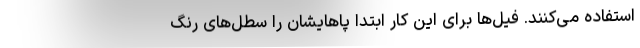
استفاده می‌کنند. فیل‌ها برای این کار ابتدا پاهایشان را سطل‌های رنگ